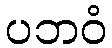
ပဘဝံ